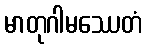
မာတုဂါမဿေတံ